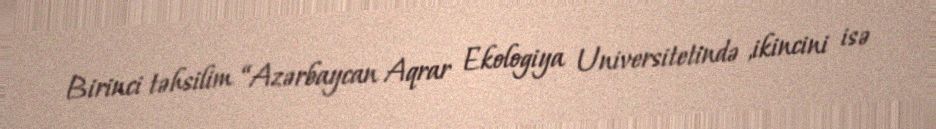
Birinci təhsilim “Azərbaycan Aqrar Ekologiya Universitetində ,ikincini isə